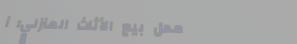
محل بيع الأثاث المنزلي: أ